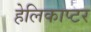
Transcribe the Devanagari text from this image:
हेलिकाप्‍टर